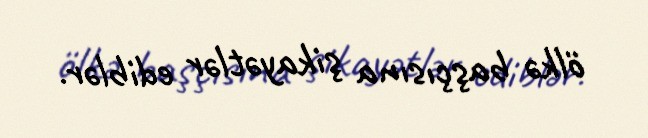
ölkə başçısına şikayətlər ediblər.